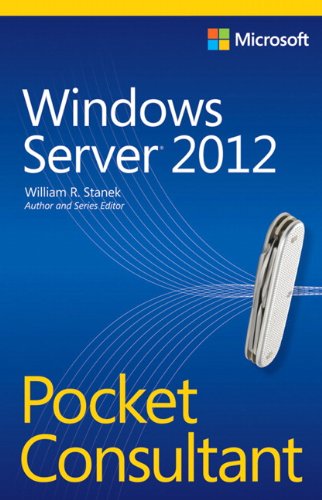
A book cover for Windows Server 2012 Pocket Consultant; William Stanek; Computers & Technology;